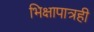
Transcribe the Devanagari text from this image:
भिक्षापात्रही